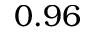
0 . 9 6